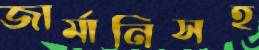
জার্মানিসহ